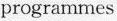
programmes